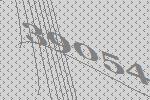
39054